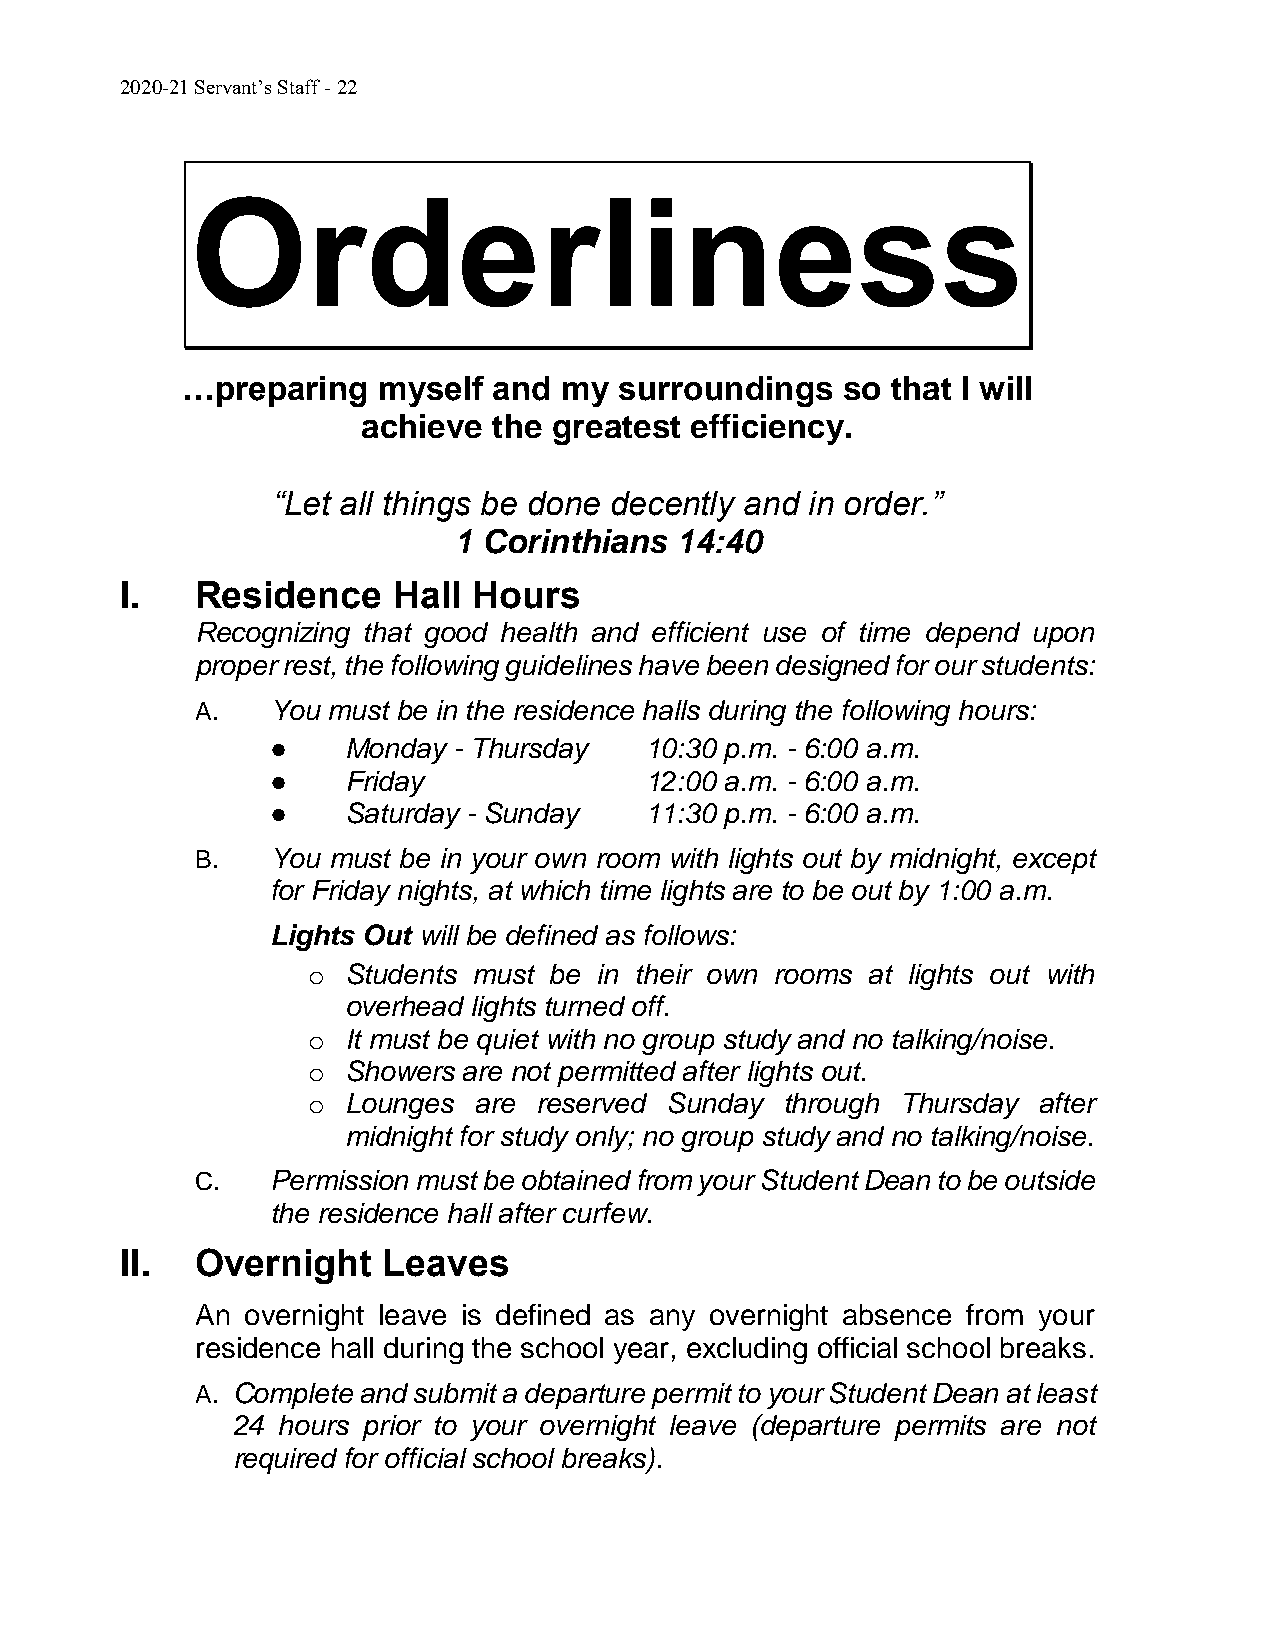
2020-21 Servant’s Staff - 22
 Orderliness
 …preparing   myself  and my  surroundings   so that I will
 achieve  the greatest efficiency.
 “Let all things be done decently and in order.”
 1 Corinthians  14:40
 I.   Residence    Hall Hours
 Recognizing that good health and efficient use of time depend upon
 proper rest, the following guidelines have been designed for our students:
 A.   You must be in the residence halls during the following hours:
 ●    Monday - Thursday   10:30 p.m. - 6:00 a.m.
 ●    Friday              12:00 a.m. - 6:00 a.m.
 ●    Saturday - Sunday   11:30 p.m. - 6:00 a.m.
 B.   You must be in your own room with lights out by midnight, except
 for Friday nights, at which time lights are to be out by 1:00 a.m.
 Lights Out will be defined as follows:
 o  Students must be in their own rooms at lights out with
 overhead lights turned off.
 o  It must be quiet with no group study and no talking/noise.
 o  Showers are not permitted after lights out.
 o  Lounges are reserved Sunday  through Thursday after
 midnight for study only; no group study and no talking/noise.
 C.   Permission must be obtained from your Student Dean to be outside
 the residence hall after curfew.
 II.  Overnight   Leaves
 An overnight leave is defined as any overnight absence from your
 residence hall during the school year, excluding official school breaks.
 A. Complete and submit a departure permit to your Student Dean at least
 24 hours prior to your overnight leave (departure permits are not
 required for official school breaks).